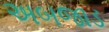
અબજાડ